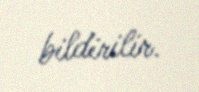
bildirilir.